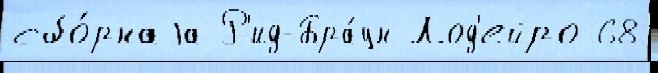
сбо́рнаjа Р'ид-Бра́ун Лод'ейро 68